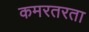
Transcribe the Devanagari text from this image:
कमरतरता